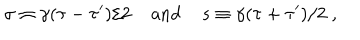
LaTeX: \sigma \equiv \gamma ( { \tau - \tau ^ { \prime } } ) / { 2 } \; \mathrm { a n d } \; s \equiv \gamma ( { \tau + \tau ^ { \prime } } ) / { 2 } \; ,